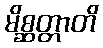
မိစ္ဆတ္တာတိ